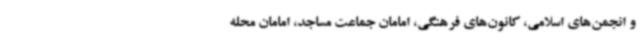
و انجمن‌های اسلامی، کانون‌های فرهنگی، امامان جماعت مساجد، امامان محله